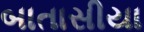
બાતાસીયા